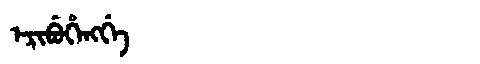
Manchu: ᡝᡵᡳᠪᡠᡥᡝᠩᡤᡝ
Romanization: ERIBUHENGGE